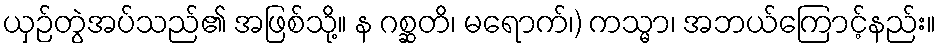
ယှဉ်တွဲအပ်သည်၏ အဖြစ်သို့။ န ဂစ္ဆတိ၊ မရောက်၊) ကသ္မာ၊ အဘယ်ကြောင့်နည်း။